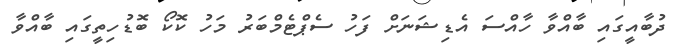
ދުބާއީގައި ބާއްވާ ހާއްސަ އެޑިޝަނަށް ފަހު ސެޕްޓެމްބަރު މަހު ކޮކޯ ބޮޑުހިތީގައި ބާއްވާ